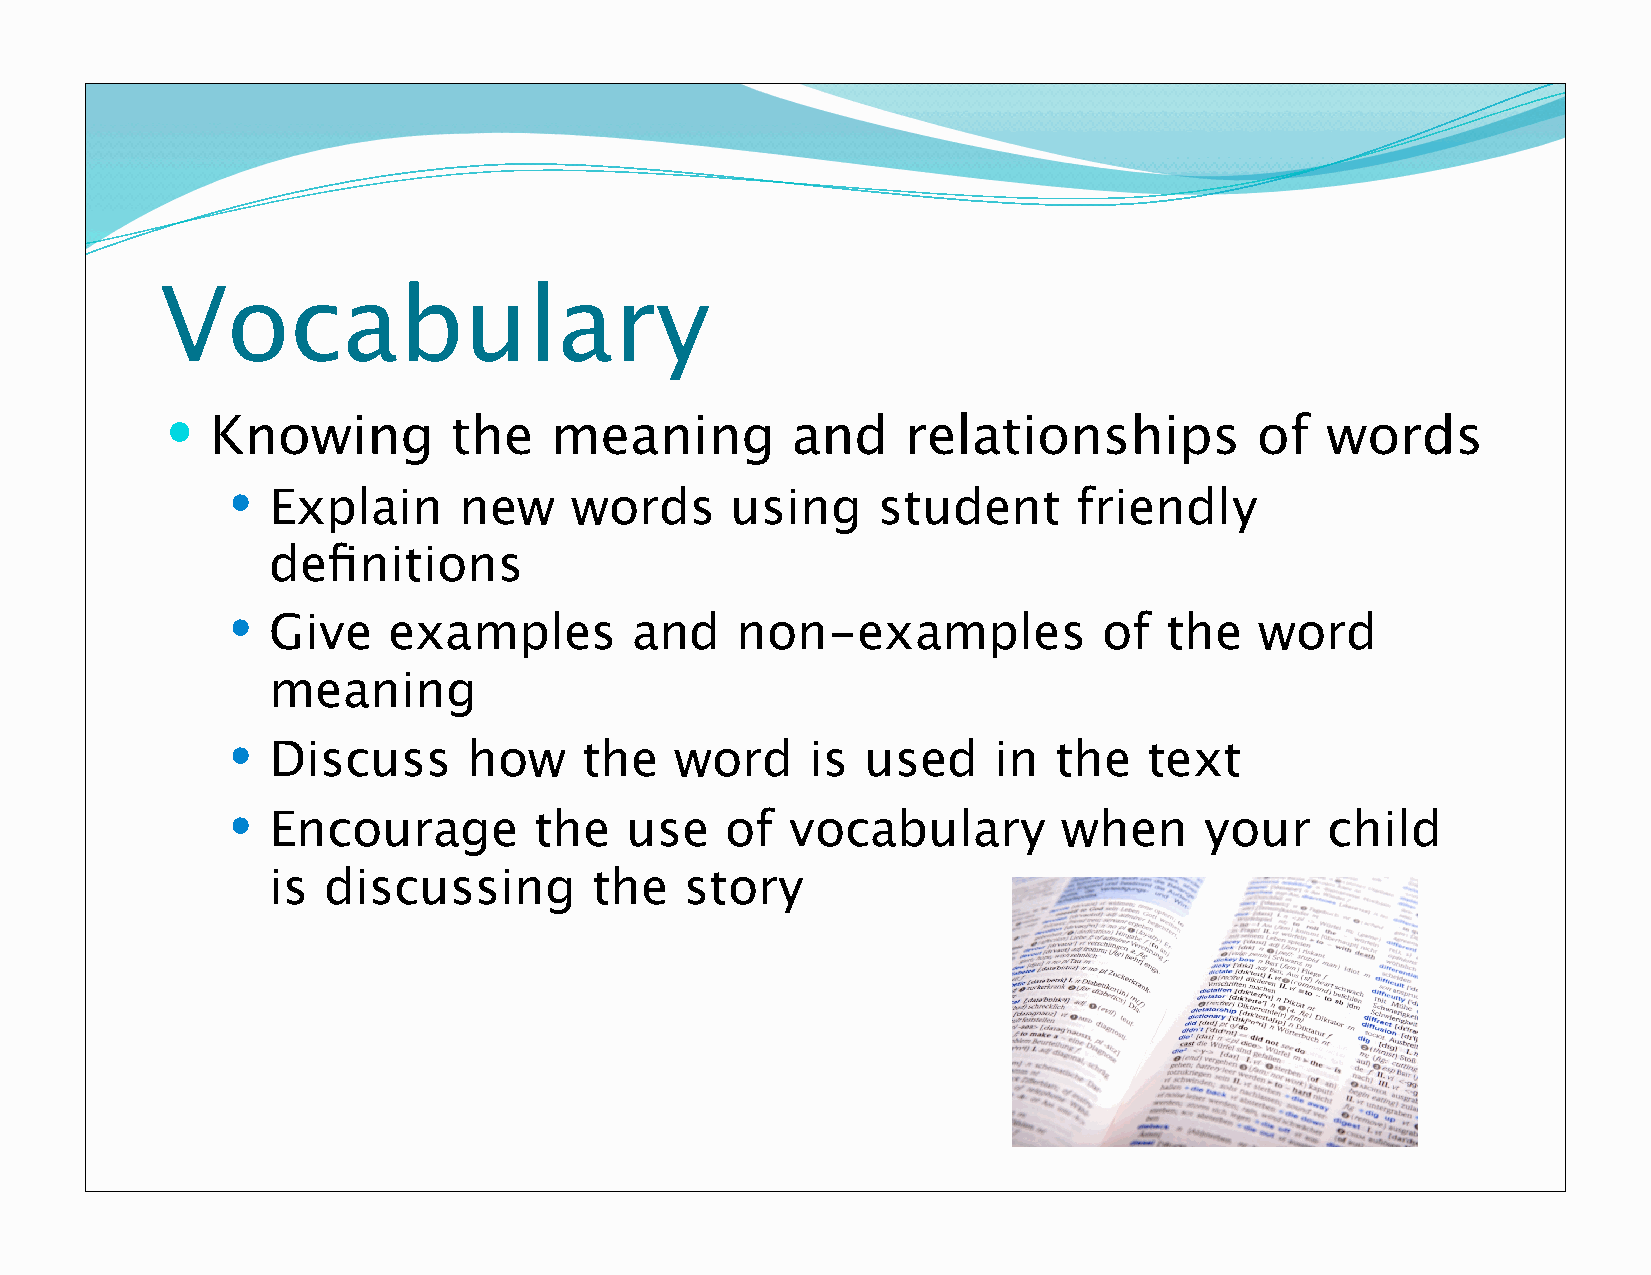
Vocabulary
   Knowing         the   meaning         and     relationships          of   words
   Explain     new     words     using     student      friendly
 definitions
   Give    examples        and    non-examples            of  the   word
 meaning
   Discuss      how     the   word     is used     in  the   text
   Encourage        the   use    of  vocabulary        when      your    child
 is discussing        the   story